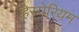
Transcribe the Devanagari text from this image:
हेस्पेरियम